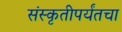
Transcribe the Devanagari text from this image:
संस्कृतीपर्यंतचा